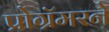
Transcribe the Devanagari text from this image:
प्रोग्रॅमरने